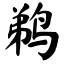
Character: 鹈